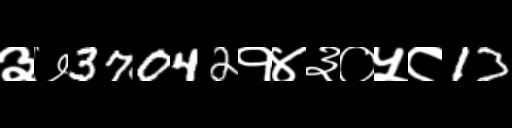
Text: ३७37042१४३०५८13